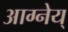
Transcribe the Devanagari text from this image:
आग्नेय्